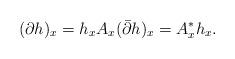
LaTeX: \begin{align*}(\partial h)_x=h_xA_x(\bar\partial h)_x=A_x^*h_x.\end{align*}